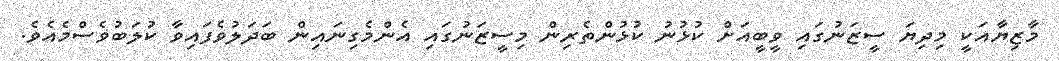
މާޒިޔާއަކީ މިދިޔަ ސީޒަނުގައި ވީބީއަށް ކުޅުނު ކުޅުންތެރިން މިސީޒަނުގައި އެންމެގިނައިން ބަދަލުވެފައިވާ ކުލަބުވެސްމެއެވެ.